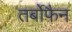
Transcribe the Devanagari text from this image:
तर्बोफैन